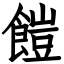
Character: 䭓